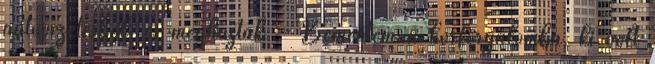
autóvezetésből, és meghúztak. - Bementem a körforgalomba, ki volt